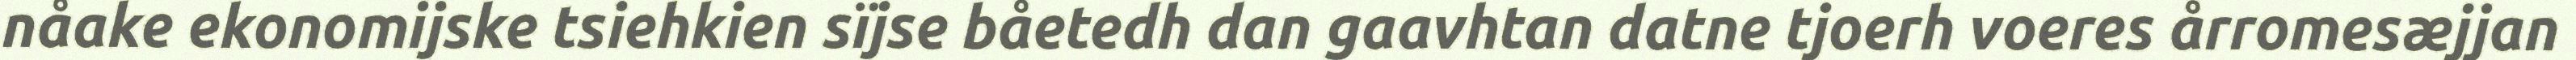
nåake ekonomijske tsiehkien sïjse båetedh dan gaavhtan datne tjoerh voeres årromesæjjan